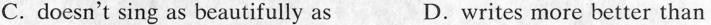
C.doesn't sing as beautifully as D.writes more better than